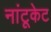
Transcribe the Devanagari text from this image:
नांटूकेट